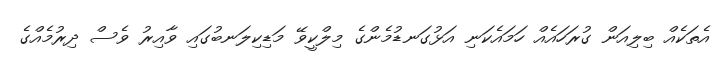
އެތަކެއް ބިލިއަން ގުރަހައެއް ހަމައެކަނި އަޅުގަނޑުމެންގެ މިލްކީވޭ މަޑިކިލަނބުގައި ވާއިރު ވެސް ދިރުމެއްގެ